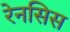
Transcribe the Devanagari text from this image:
रेनसिस